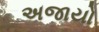
અજાયો